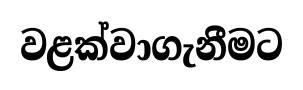
වළක්වාගැනීමට